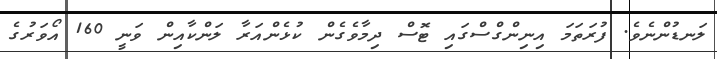
ލަނޑުންނެވެ. ފުރަތަމަ އިނިންގްސްގައި ޓޮސް ދިމާވެގެން ކުޅެންއަރާ ލަންކާއިން ވަނީ 160 އޯވަރުގެ